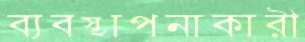
ব্যবস্থাপনাকারী